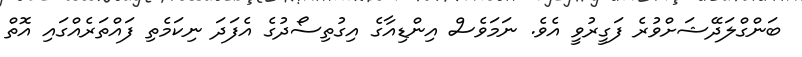
ބަންގްލަދޭޝަށްވުރެ ފަގީރުވީ އެވެ. ނަމަވެސް އިންޑިއާގެ އިގުތިސޯދުގެ އެފަދަ ނިކަމެތި ފައްތަރެއްގައި އޮތް